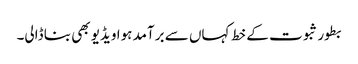
بطور ثبوت کے خط کہاں سے برآمد ہوا ویڈیو بھی بنا ڈالی۔